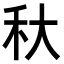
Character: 𥝛